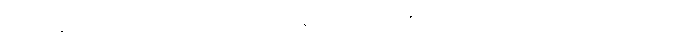
ကိုယ်ဝန်ဆောင်ကာလမှာ မူးဝေ အော့အန်တာမျိုးက ဖြစ်လေ့ရှိပေမဲ့ အမျိုးသမီး အများစုဟာ